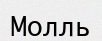
Молль